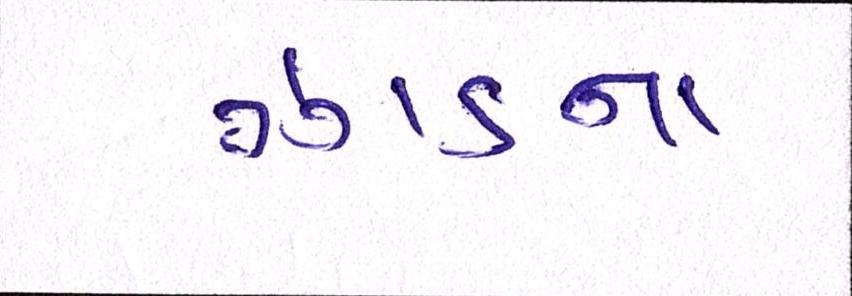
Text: ઝાડના